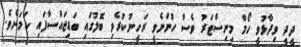
ދީދީ ވިދާޅުވީ ހޯމް މިނިސްޓަރު ވެސް ހުންނެވީ ރަހީނުކުރެވި ބޮލުގައި ބަޑިޖައްސާފައި ކަމަށެވެ.